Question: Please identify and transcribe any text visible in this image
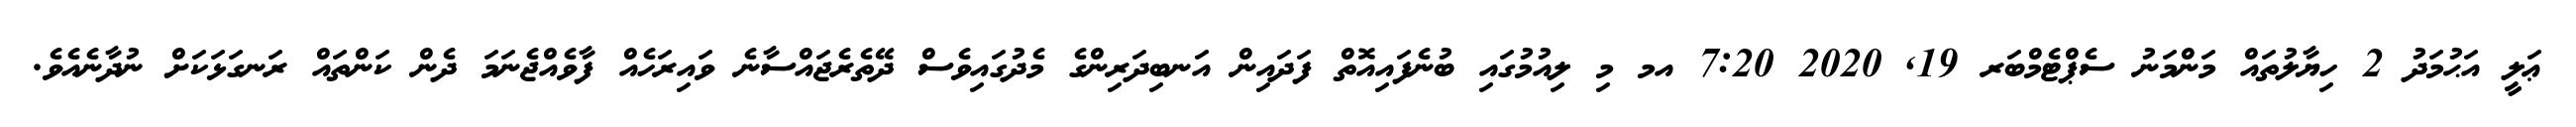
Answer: ޢަލީ އަޙުމަދު 2 ހިޔާލުތައް މަންމަނު ސެޕްޓެމްބަރ 19, 2020 7:20 އމ މި ލިއުމުގައި ބުނެފައިއޮތް ފަދައިން އަނބިދަރިންގެ މެދުގައިވެސް ދޭތެރެޖައްސާނެ ވައިރަހެއް ފާވެއްޖެނަމަ ދެން ކަންތައް ރަނގަޅަކަށް ނުދާނެއެވެ.